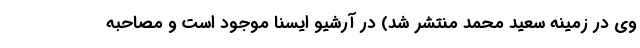
وی در زمینه سعید محمد منتشر شد) در آرشیو ایسنا موجود است و مصاحبه